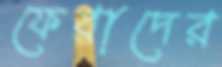
ফেরাদের